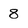
Character: 8